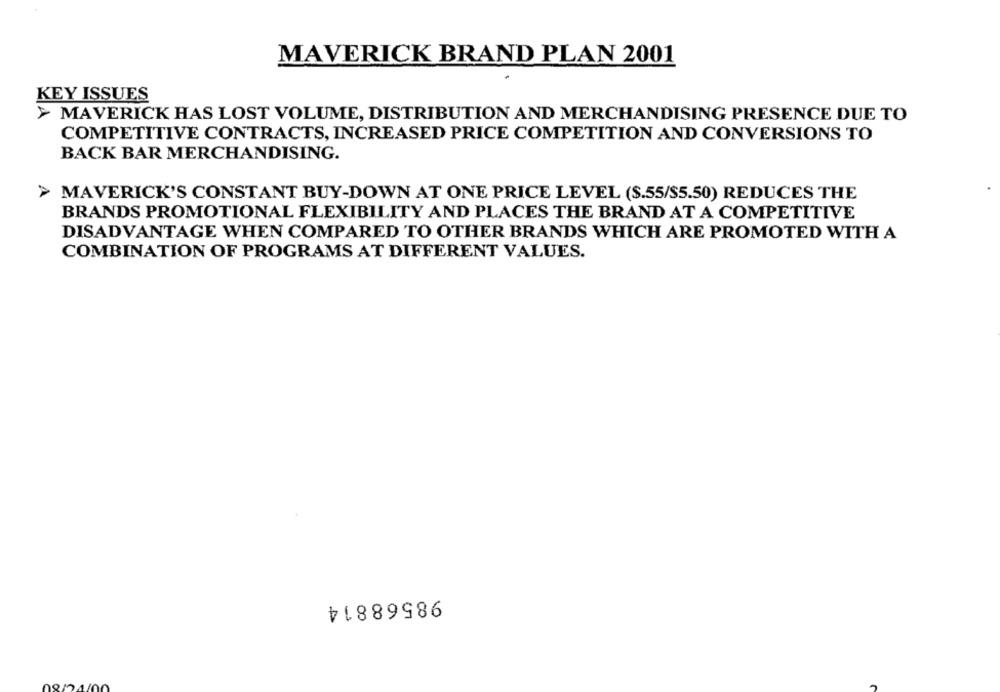
MAVERICK BRAND PLAN 2001
KEY ISSUES
MAVERICK HAS LOST VOLUME, DISTRIBUTION AND MERCHANDISING PRESENCE DUE TO
COMPETITIVE CONTRACTS, INCREASED PRICE COMPETITION AND CONVERSIONS TO
BACK BAR MERCHANDISING.
MAVERICK'S CONSTANT BUY-DOWN AT ONE PRICE LEVEL ($.55/$5.50) REDUCES THE
BRANDS PROMOTIONAL FLEXIBILITY AND PLACES THE BRAND AT A COMPETITIVE
DISADVANTAGE WHEN COMPARED TO OTHER BRANDS WHICH ARE PROMOTED WITH A
COMBINATION OF PROGRAMS AT DIFFERENT VALUES.
98568814